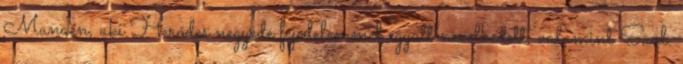
Manaén, aki Heródes negyede fejedelemmel együtt nevelkedett, valamint Saul.